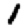
Digit: 1